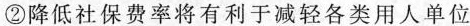
②降低社保费率将有利于减轻各类用人单位